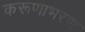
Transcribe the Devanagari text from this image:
करूणाभरण